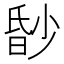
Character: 𬁀